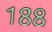
188